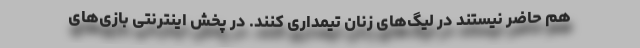
هم حاضر نیستند در لیگ‌‌های زنان تیمداری کنند. در پخش اینترنتی بازی‌های